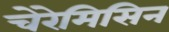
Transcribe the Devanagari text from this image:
चेरेमिसिन